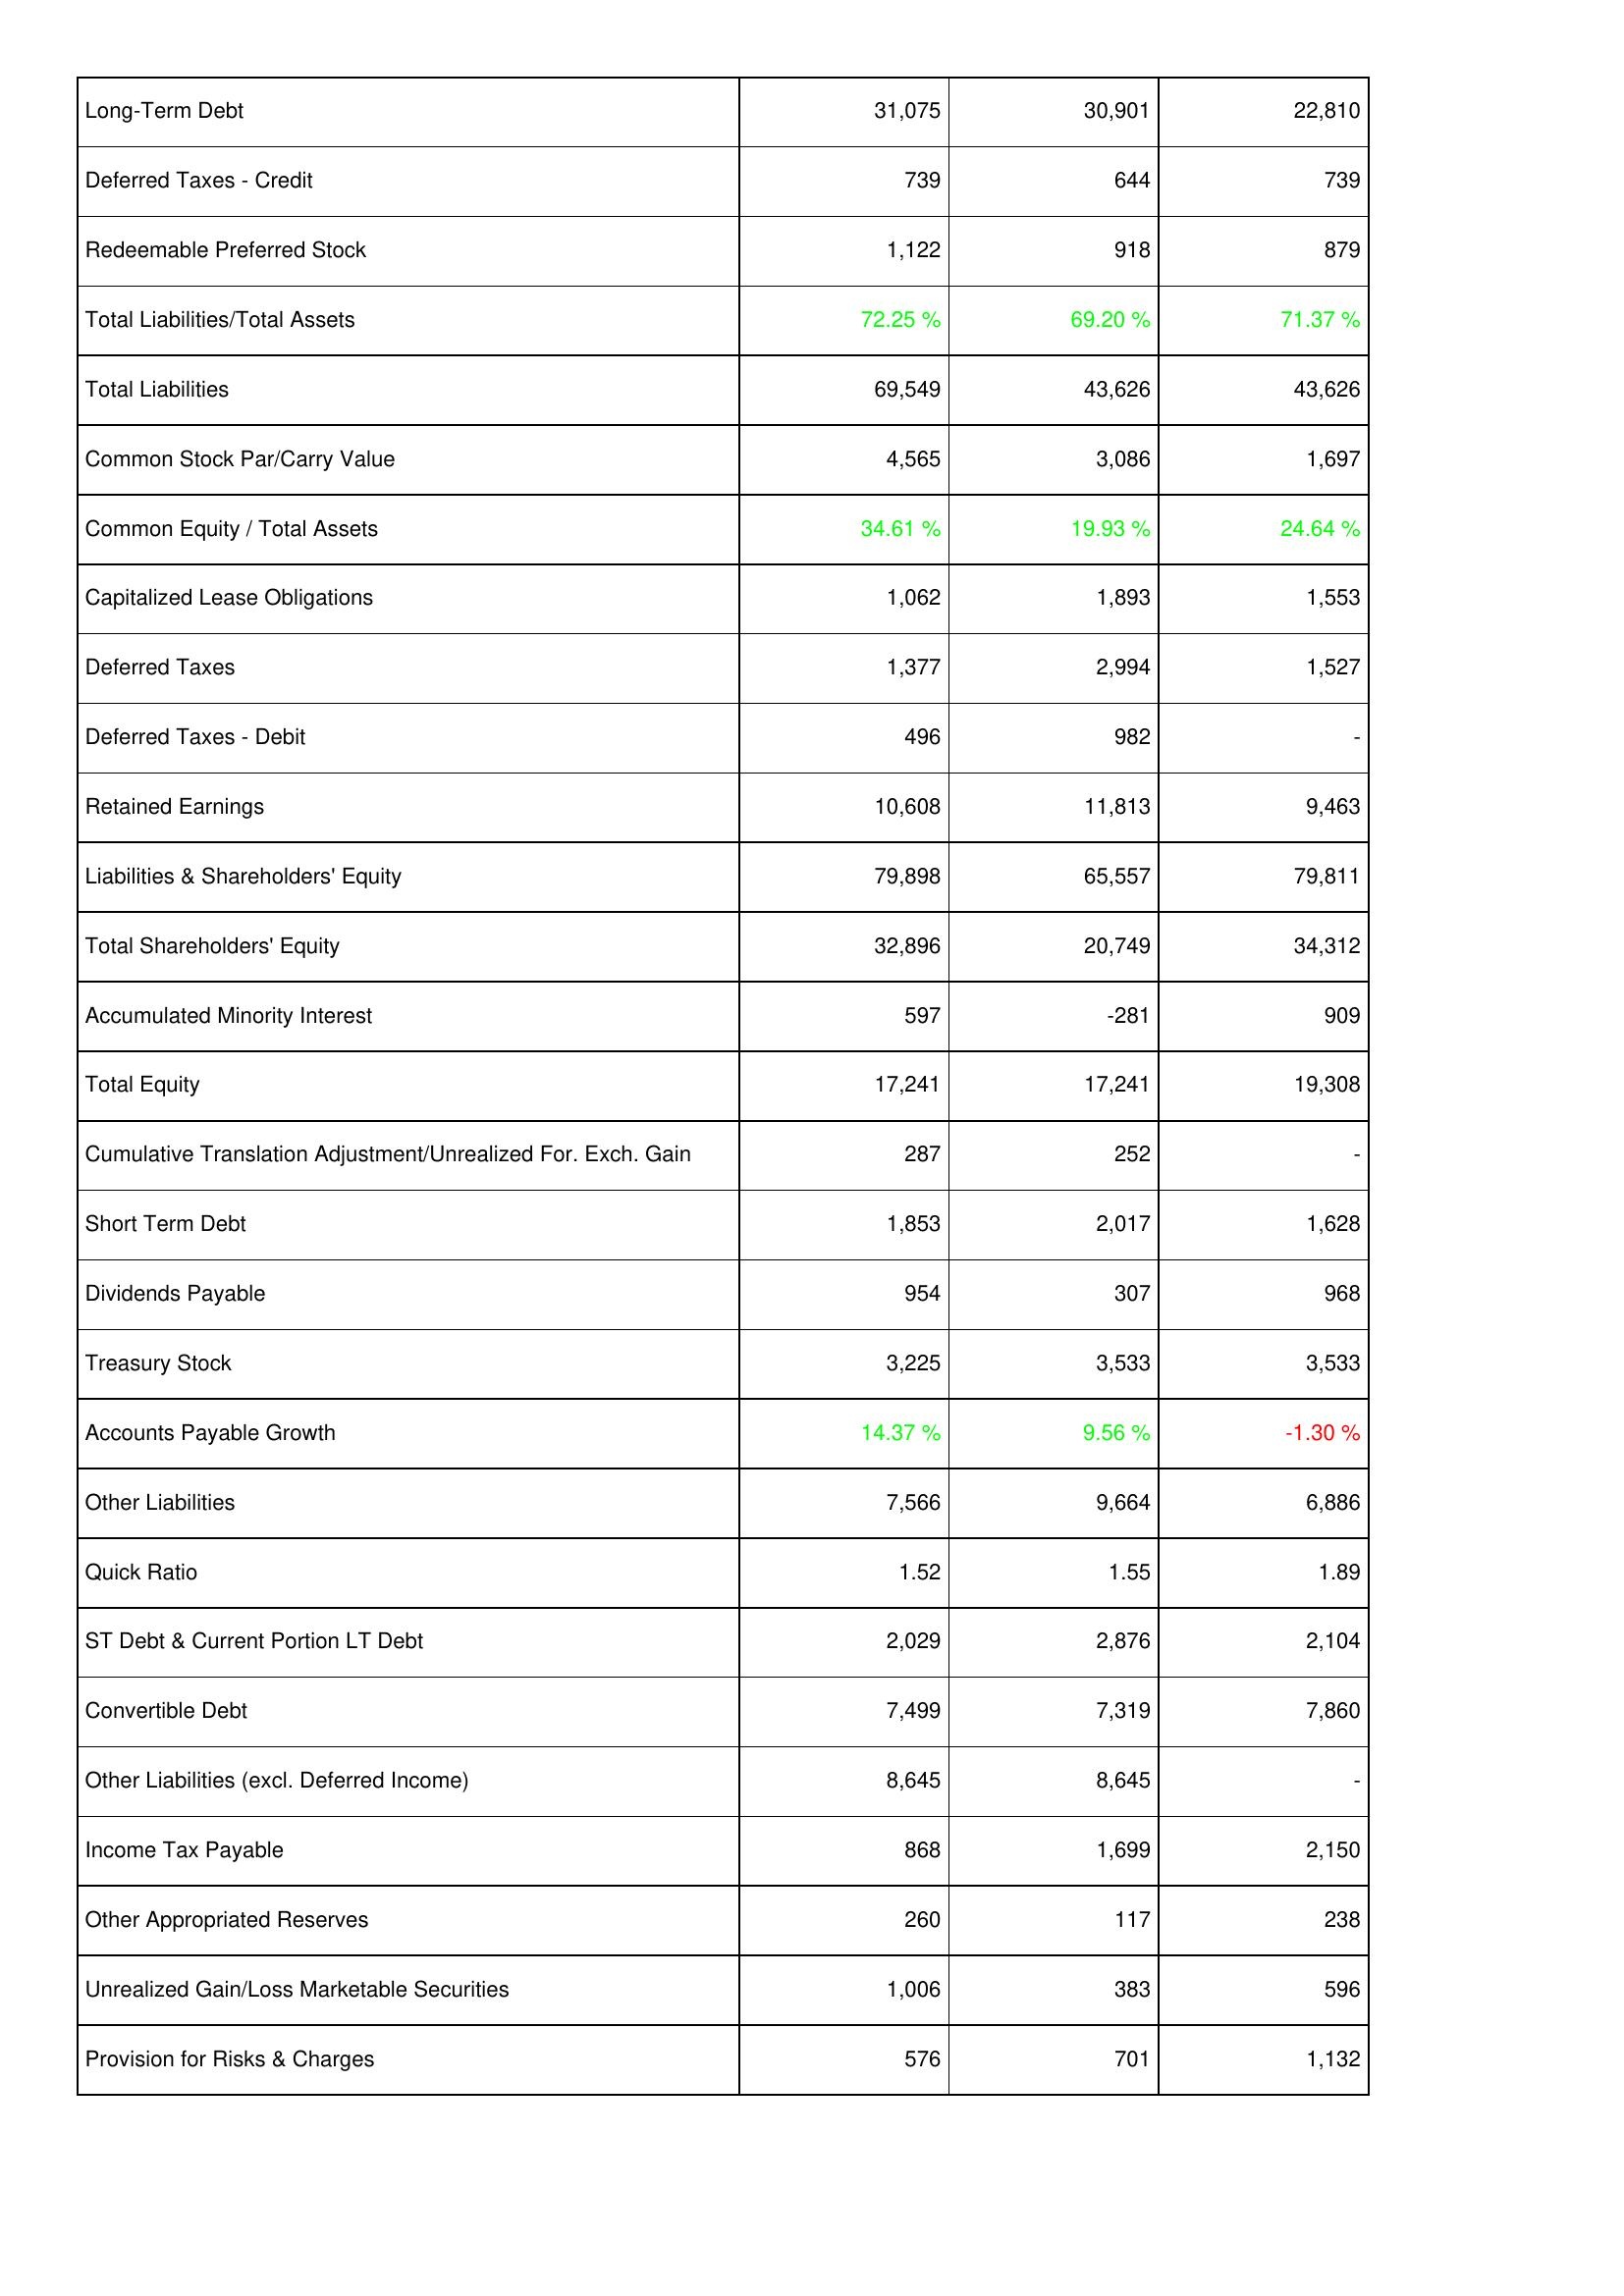
2015: Liabilities & Shareholders' Equity: Long-Term Debt: 31,075
Deferred Taxes - Credit: 739
Redeemable Preferred Stock: 1,122
Total Liabilities/Total Assets: 72.25 %
Total Liabilities: 69,549
Common Stock Par/Carry Value: 4,565
Common Equity / Total Assets: 34.61 %
Capitalized Lease Obligations: 1,062
Deferred Taxes: 1,377
Deferred Taxes - Debit: 496
Retained Earnings: 10,608
Liabilities & Shareholders' Equity: 79,898
Total Shareholders' Equity: 32,896
Accumulated Minority Interest: 597
Total Equity: 17,241
Cumulative Translation Adjustment/Unrealized For. Exch. Gain: 287
Short Term Debt: 1,853
Dividends Payable: 954
Treasury Stock: 3,225
Accounts Payable Growth: 14.37 %
Other Liabilities: 7,566
Quick Ratio: 1.52
ST Debt & Current Portion LT Debt: 2,029
Convertible Debt: 7,499
Other Liabilities (excl. Deferred Income): 8,645
Income Tax Payable: 868
Other Appropriated Reserves: 260
Unrealized Gain/Loss Marketable Securities: 1,006
Provision for Risks & Charges: 576
2014: Liabilities & Shareholders' Equity: Long-Term Debt: 30,901
Deferred Taxes - Credit: 644
Redeemable Preferred Stock: 918
Total Liabilities/Total Assets: 69.20 %
Total Liabilities: 43,626
Common Stock Par/Carry Value: 3,086
Common Equity / Total Assets: 19.93 %
Capitalized Lease Obligations: 1,893
Deferred Taxes: 2,994
Deferred Taxes - Debit: 982
Retained Earnings: 11,813
Liabilities & Shareholders' Equity: 65,557
Total Shareholders' Equity: 20,749
Accumulated Minority Interest: -281
Total Equity: 17,241
Cumulative Translation Adjustment/Unrealized For. Exch. Gain: 252
Short Term Debt: 2,017
Dividends Payable: 307
Treasury Stock: 3,533
Accounts Payable Growth: 9.56 %
Other Liabilities: 9,664
Quick Ratio: 1.55
ST Debt & Current Portion LT Debt: 2,876
Convertible Debt: 7,319
Other Liabilities (excl. Deferred Income): 8,645
Income Tax Payable: 1,699
Other Appropriated Reserves: 117
Unrealized Gain/Loss Marketable Securities: 383
Provision for Risks & Charges: 701
2013: Liabilities & Shareholders' Equity: Long-Term Debt: 22,810
Deferred Taxes - Credit: 739
Redeemable Preferred Stock: 879
Total Liabilities/Total Assets: 71.37 %
Total Liabilities: 43,626
Common Stock Par/Carry Value: 1,697
Common Equity / Total Assets: 24.64 %
Capitalized Lease Obligations: 1,553
Deferred Taxes: 1,527
Deferred Taxes - Debit: -
Retained Earnings: 9,463
Liabilities & Shareholders' Equity: 79,811
Total Shareholders' Equity: 34,312
Accumulated Minority Interest: 909
Total Equity: 19,308
Cumulative Translation Adjustment/Unrealized For. Exch. Gain: -
Short Term Debt: 1,628
Dividends Payable: 968
Treasury Stock: 3,533
Accounts Payable Growth: -1.30 %
Other Liabilities: 6,886
Quick Ratio: 1.89
ST Debt & Current Portion LT Debt: 2,104
Convertible Debt: 7,860
Other Liabilities (excl. Deferred Income): -
Income Tax Payable: 2,150
Other Appropriated Reserves: 238
Unrealized Gain/Loss Marketable Securities: 596
Provision for Risks & Charges: 1,132